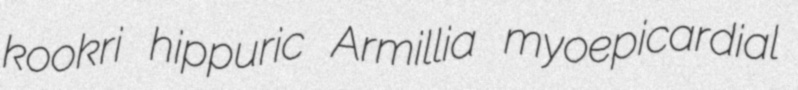
kookri hippuric Armillia myoepicardial